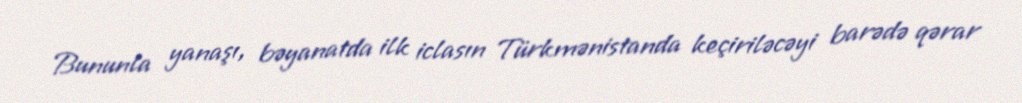
Bununla yanaşı, bəyanatda ilk iclasın Türkmənistanda keçiriləcəyi barədə qərar